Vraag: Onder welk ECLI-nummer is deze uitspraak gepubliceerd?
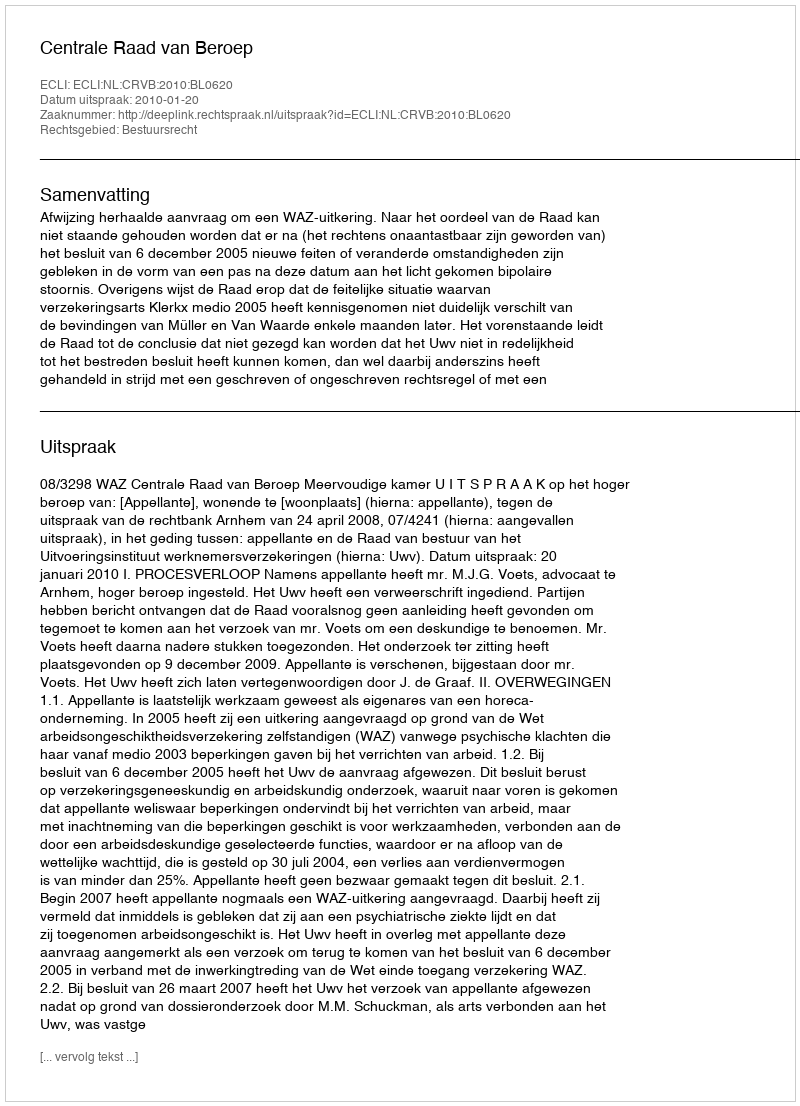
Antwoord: ECLI:NL:CRVB:2010:BL0620